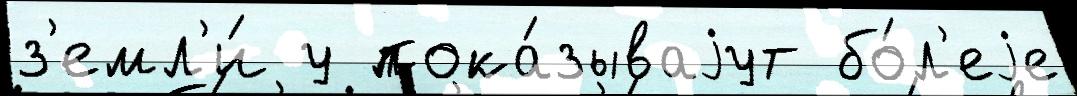
з'емл'и́ у пока́зываjут бо́л'еjе